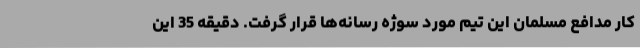
کار مدافع مسلمان این تیم مورد سوژه رسانه‌ها قرار گرفت. دقیقه 35 این